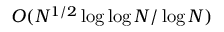
O ( N ^ { 1 / 2 } \log \log N / \log N )